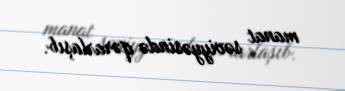
manat səviyyəsində qərarlaşıb.